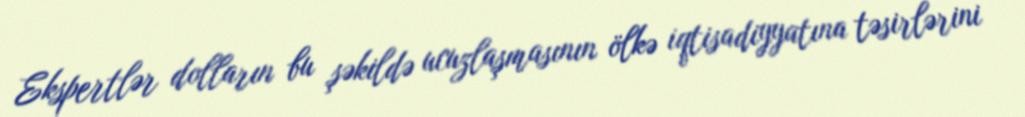
Ekspertlər dolların bu şəkildə ucuzlaşmasının ölkə iqtisadiyyatına təsirlərini